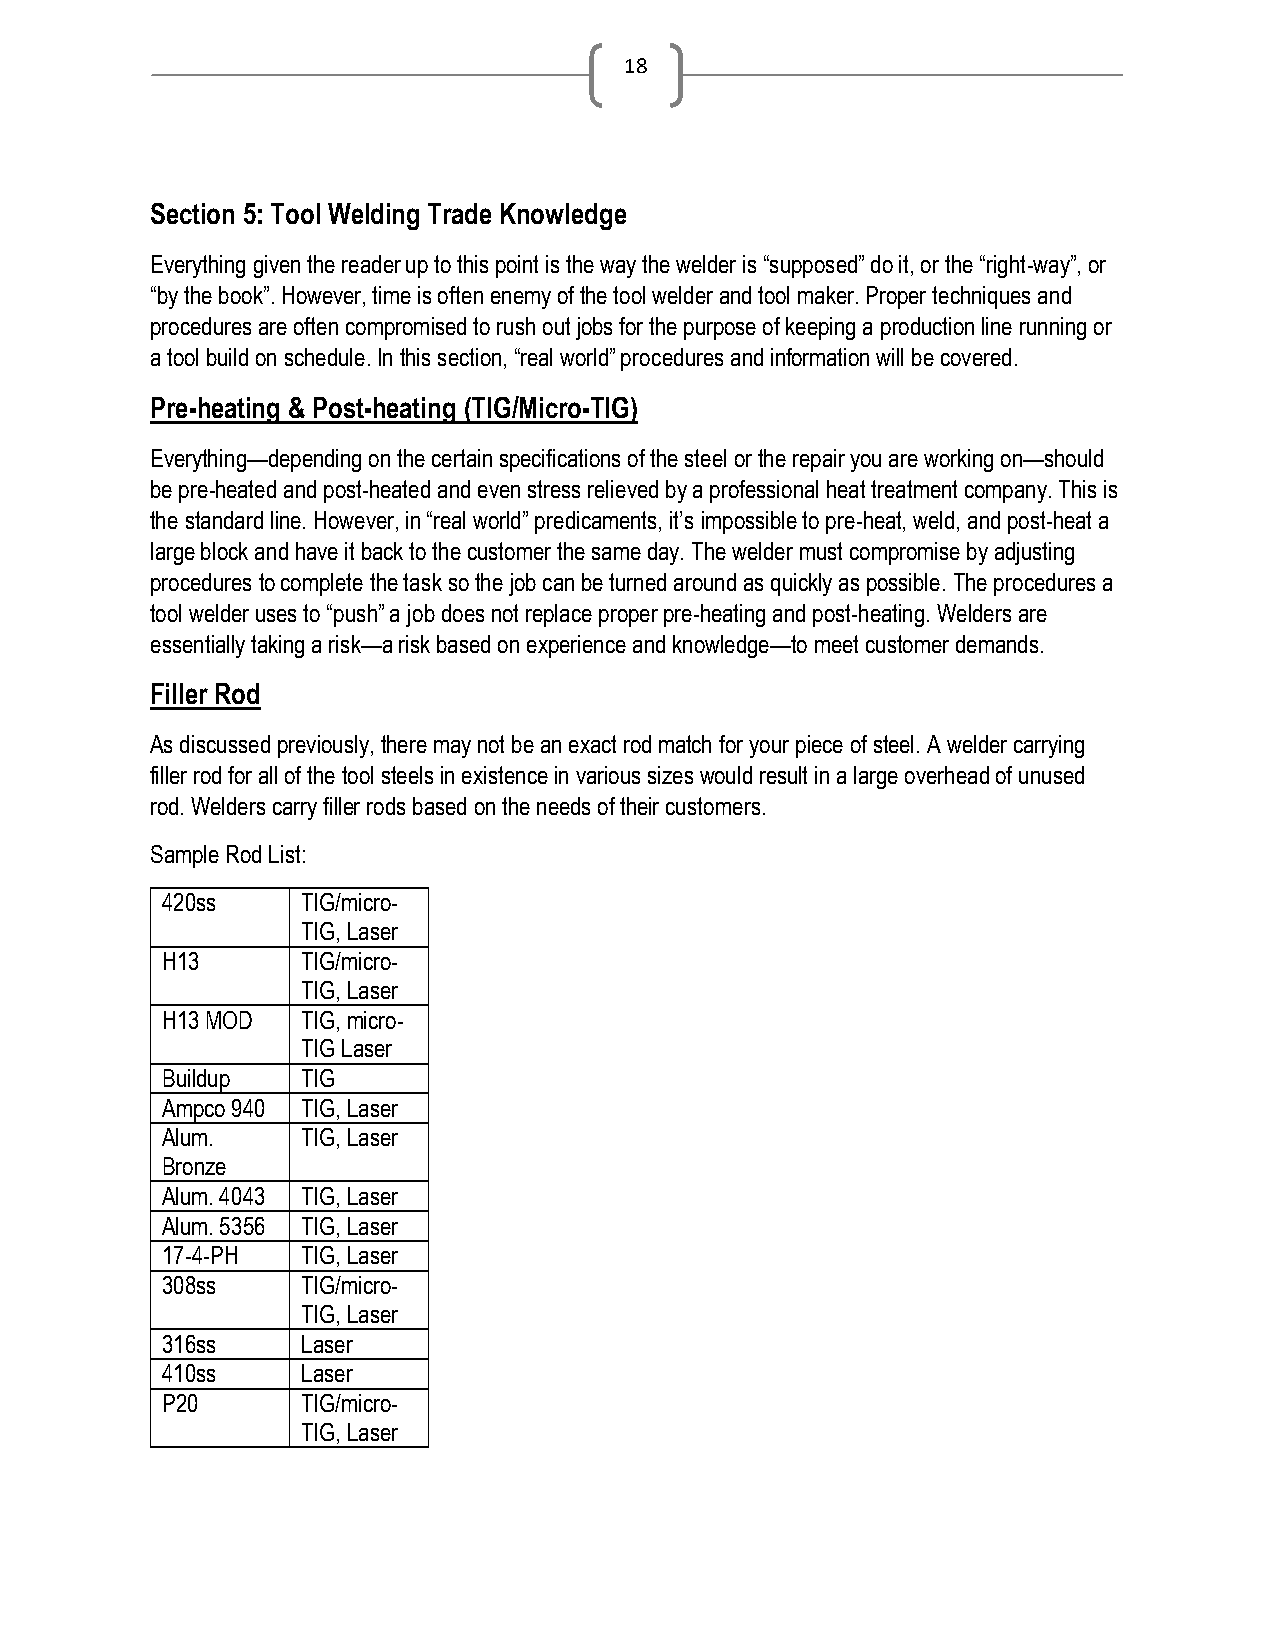
18
 Section 5: Tool Welding Trade Knowledge
 Everything given the reader up to this point is the way the welder is “supposed” do it, or the “right-way”, or
 “by the book”. However, time is often enemy of the tool welder and tool maker. Proper techniques and
 procedures are often compromised to rush out jobs for the purpose of keeping a production line running or
 a tool build on schedule. In this section, “real world” procedures and information will be covered.
 Pre-heating & Post-heating (TIG/Micro-TIG)
 Everything—depending on the certain specifications of the steel or the repair you are working on—should
 be pre-heated and post-heated and even stress relieved by a professional heat treatment company. This is
 the standard line. However, in “real world” predicaments, it’s impossible to pre-heat, weld, and post-heat a
 large block and have it back to the customer the same day. The welder must compromise by adjusting
 procedures to complete the task so the job can be turned around as quickly as possible. The procedures a
 tool welder uses to “push” a job does not replace proper pre-heating and post-heating. Welders are
 essentially taking a risk—a risk based on experience and knowledge—to meet customer demands.
 Filler Rod
 As discussed previously, there may not be an exact rod match for your piece of steel. A welder carrying
 filler rod for all of the tool steels in existence in various sizes would result in a large overhead of unused
 rod. Welders carry filler rods based on the needs of their customers.
 Sample Rod List:
 420ss    TIG/micro-
 TIG, Laser
 H13      TIG/micro-
 TIG, Laser
 H13 MOD  TIG, micro-
 TIG Laser
 Buildup  TIG
 Ampco 940 TIG, Laser
 Alum.    TIG, Laser
 Bronze
 Alum. 4043 TIG, Laser
 Alum. 5356 TIG, Laser
 17-4-PH  TIG, Laser
 308ss    TIG/micro-
 TIG, Laser
 316ss    Laser
 410ss    Laser
 P20      TIG/micro-
 TIG, Laser